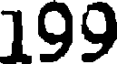
199